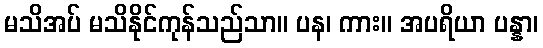
မသိအပ် မသိနိုင်ကုန်သည်သာ။ ပန၊ ကား။ အပရိယာ ပန္နာ၊